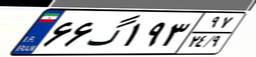
۶۶گ۱۹۳۹۷